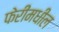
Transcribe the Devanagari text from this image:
फेरींमधील